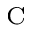
_ \mathrm { C }